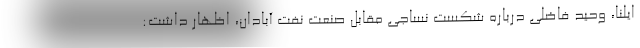
ایلنا، وحید فاضلی درباره شکست نساجی مقابل صنعت نفت آبادان، اظهار داشت: